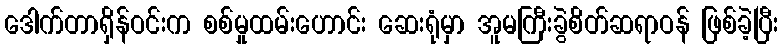
ဒေါက်တာရှိန်ဝင်းက စစ်မှုထမ်းဟောင်း ဆေးရုံမှာ အူမကြီးခွဲစိတ်ဆရာဝန် ဖြစ်ခဲ့ပြီး